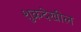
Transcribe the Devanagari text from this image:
शुक्रदेखील